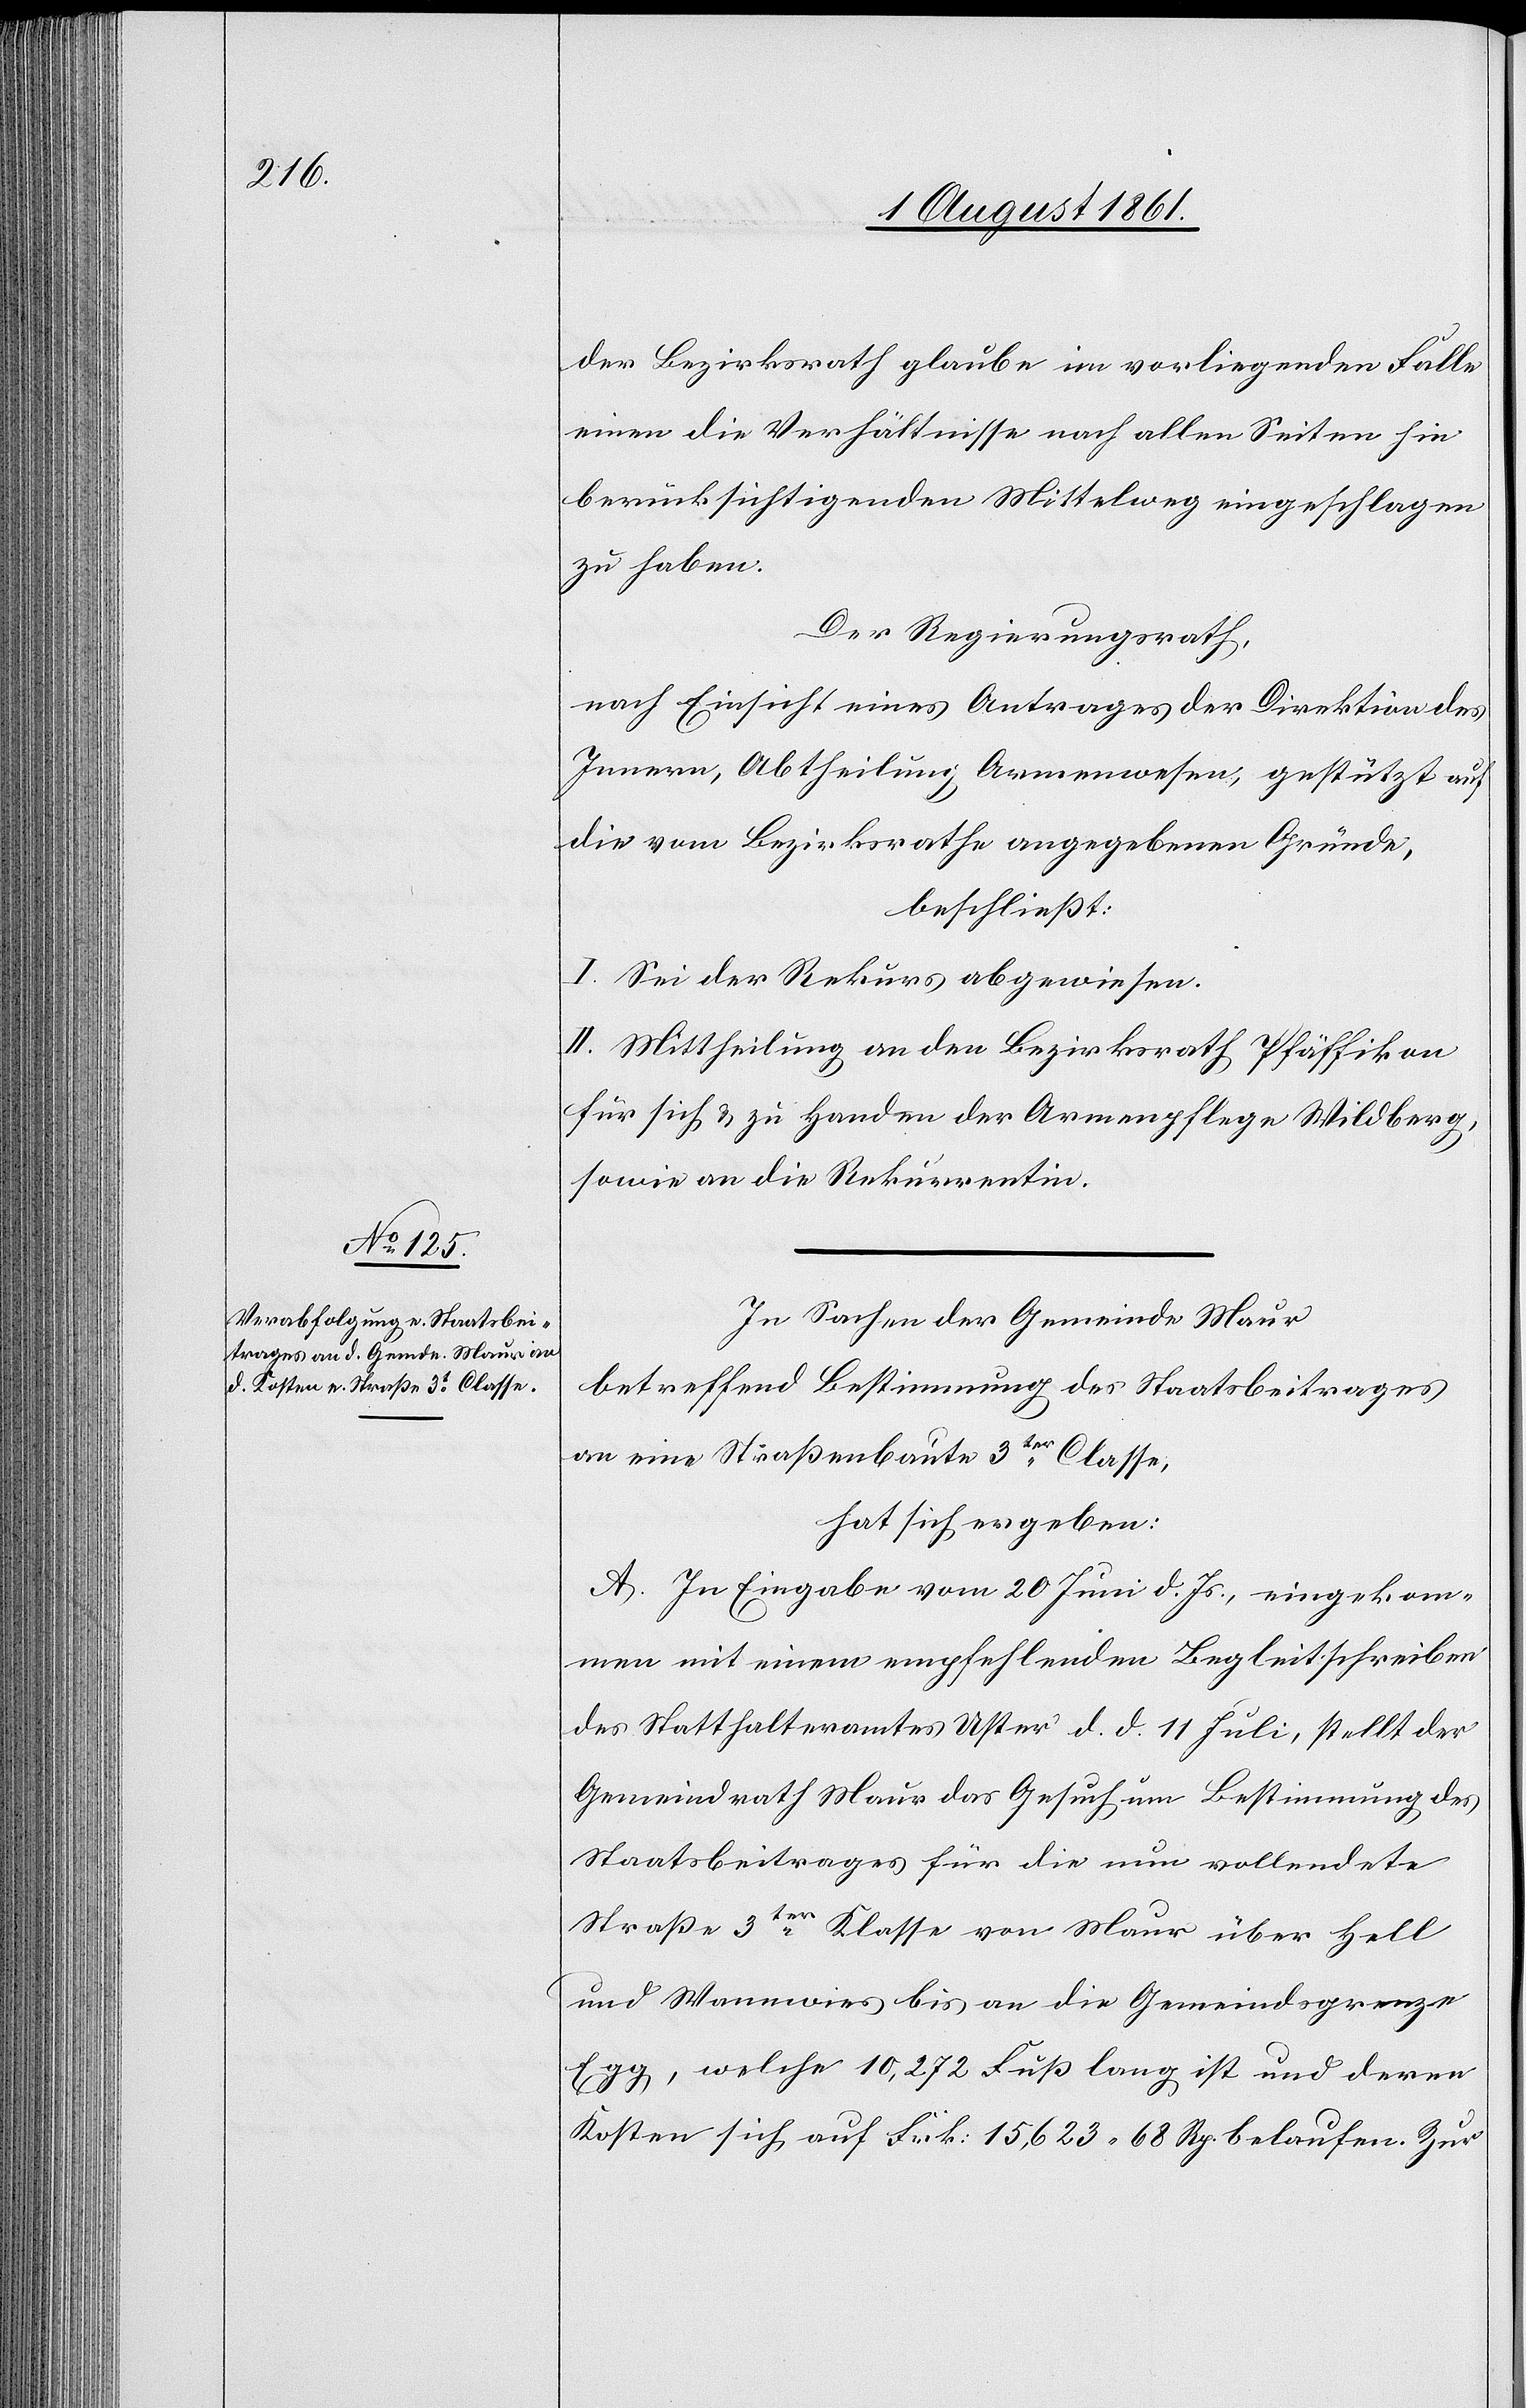
der Bezirksrath glaube im vorliegenden Falle
einen die Verhältnisse nach allen Seiten hin
berücksichtigenden Mittelweg eingeschlagen
zu haben.
Der Regierungsrath,
nach Einsicht eines Antrages der Direktion des
Innern, Abtheilung Armenwesen, gestützt auf
die vom Bezirksrathe angegebenen Gründe,
beschließt:
I. Sei der Rekurs abgewiesen.
II. Mittheilung an den Bezirksrath Pfäffikon
für sich u. zu Handen der Armenpflege Wildberg,
sowie an die Rekurrentin.
In Sachen der Gemeinde Maur
betreffend Bestimmung des Staatsbeitrages
an eine Straßenbaute 3ter Classe,
hat sich ergeben:
A. In Eingabe vom 20 Juni d. Js., eingekom¬
men mit einem empfehlenden Begleitschreiben
des Statthalteramtes Uster d. d. 11 Juli, stellt der
Gemeindrath Maur das Gesuch um Bestimmung des
Staatsbeitrages für die nun vollendete
Straße 3ter Klasse von Maur über Hell
und Wannwies bis an die Gemeindsgrenze
Egg, welche 10,272 Fuß lang ist und deren
Kosten sich auf Frk. 15, 623. 68 Rp. belaufen. Zur